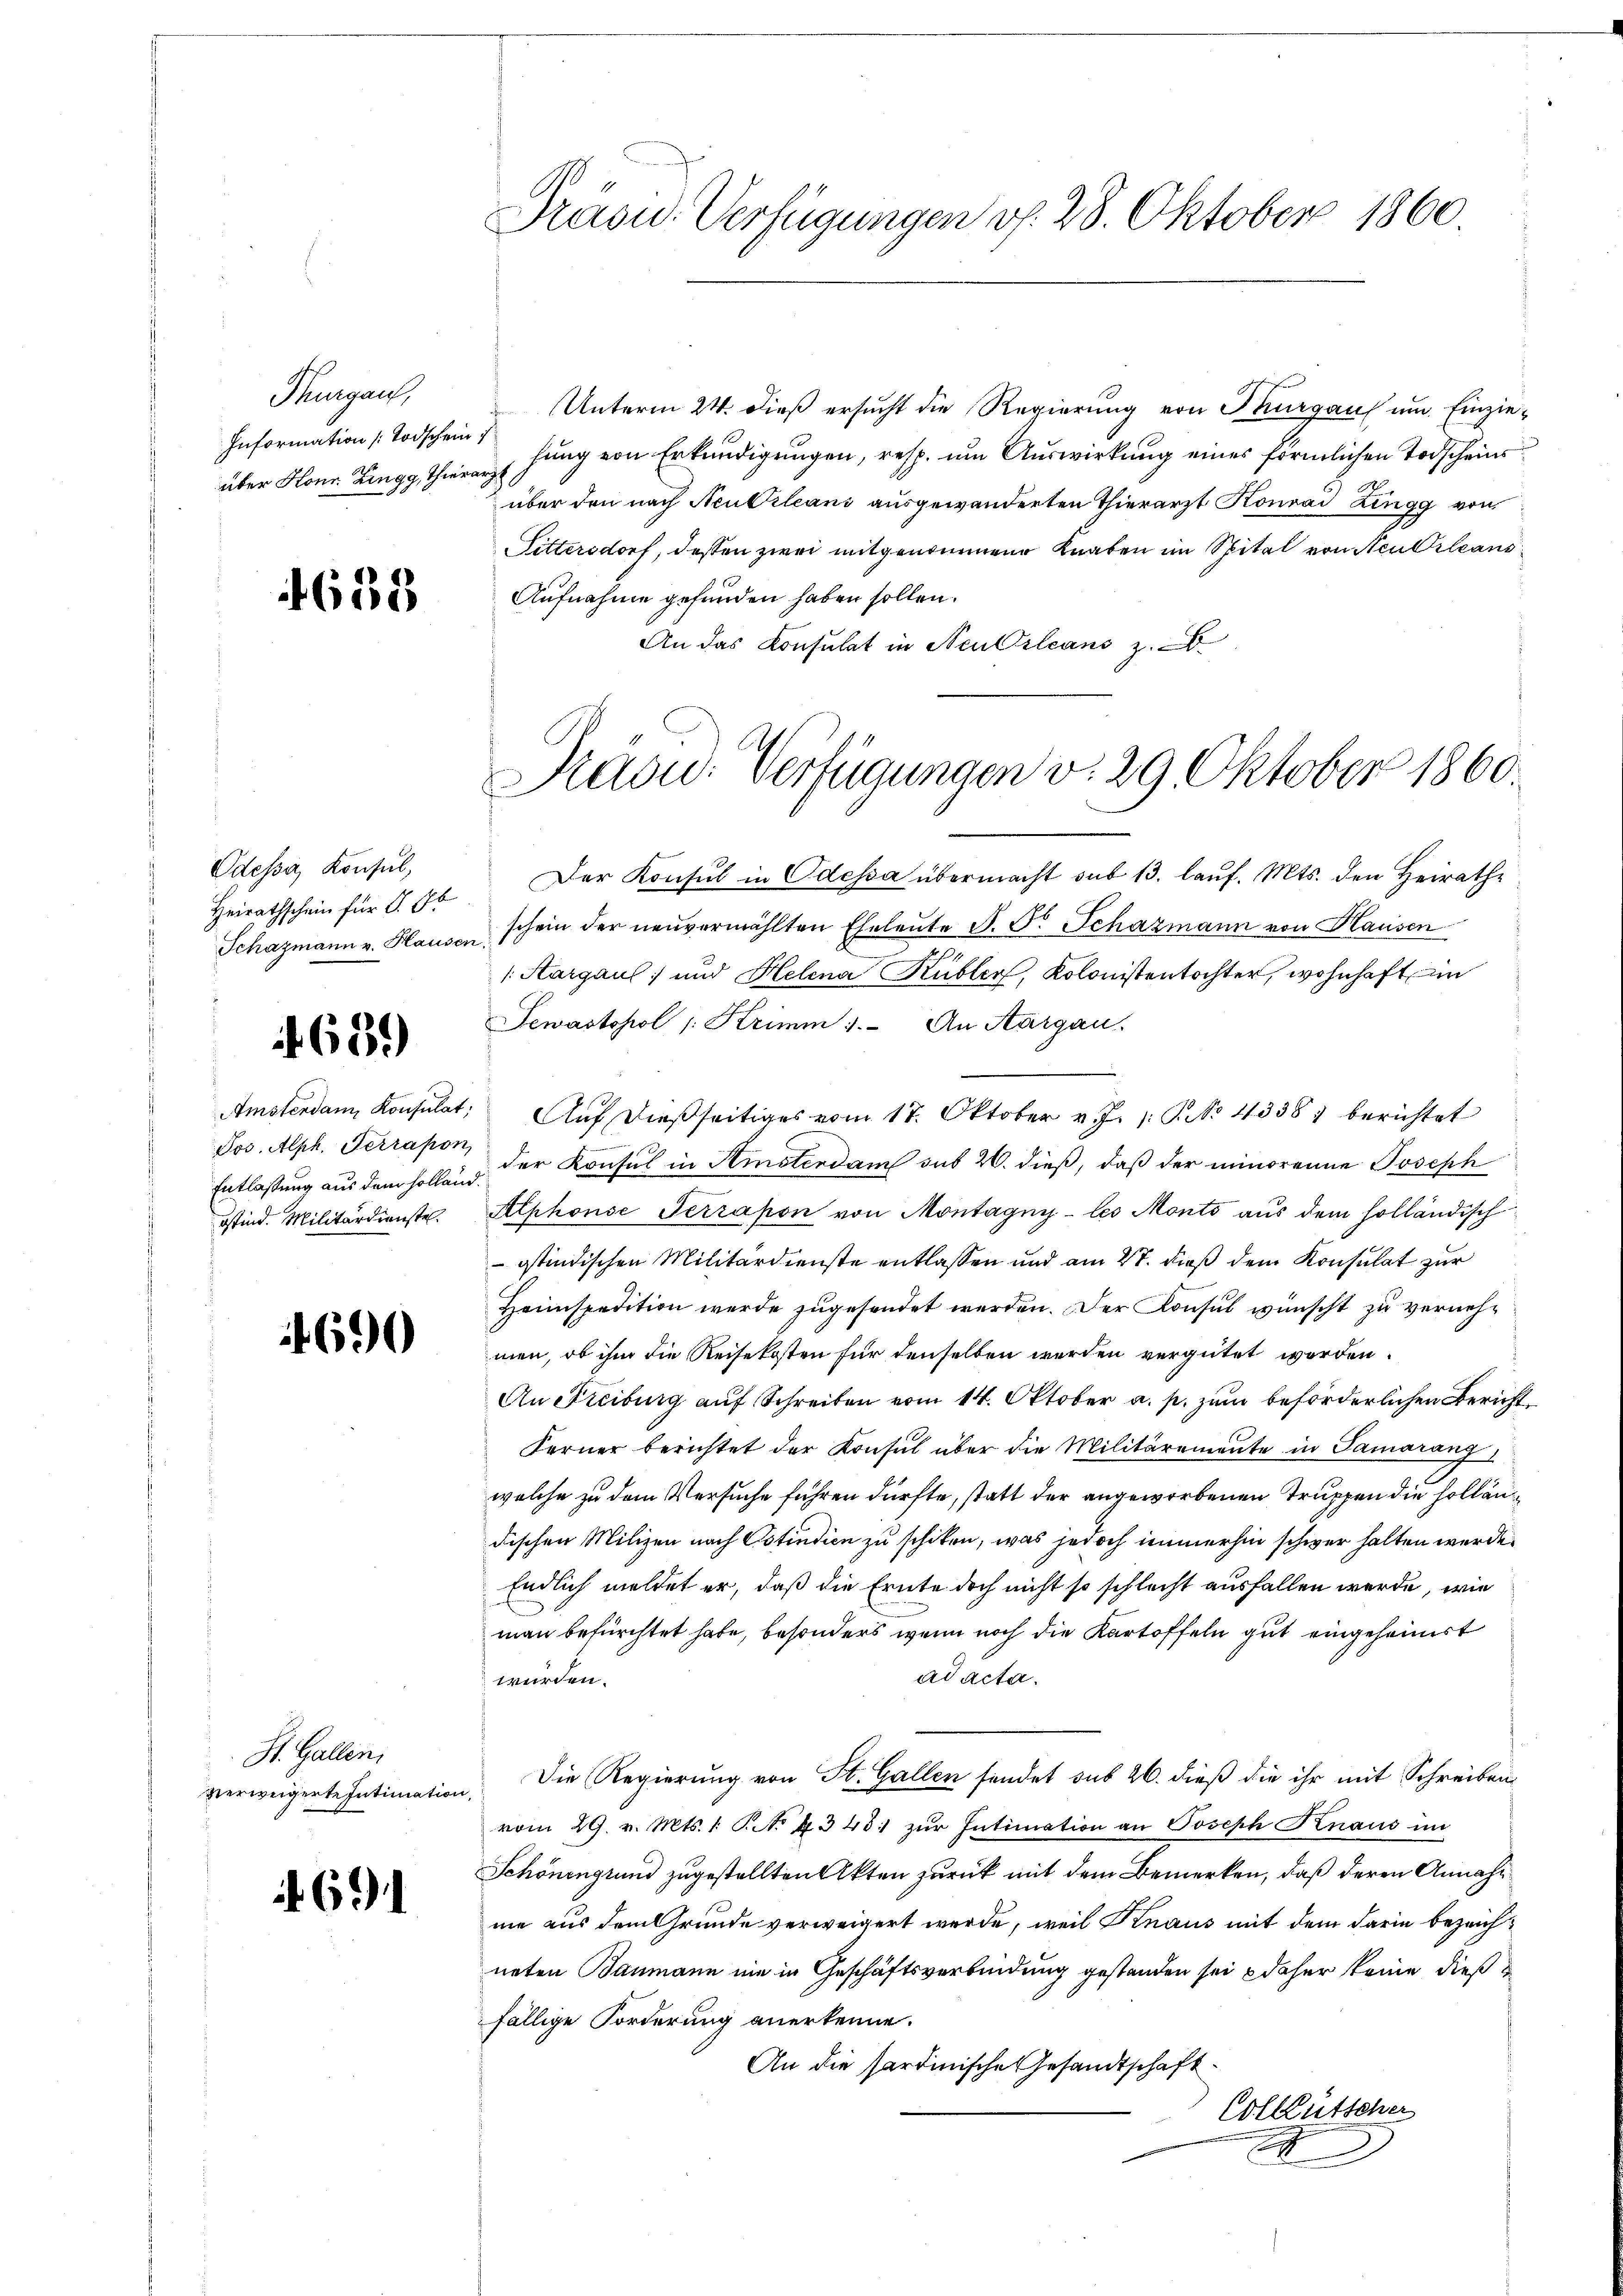
Thurgau,
Information (Todschein
über Honn Zingg, Thierarzt

638

Odessa Konsul,
Heirathschein für d. Eb
Schazmann v. Hausen.

639)

Jos. Alph. Terrapon
rstind. Militärdienste.

690

St. Gallen,
verweigerte Intimation

. 691

Präsid. Verfügungen v. 28. Oktober 1860.

r
d
Aufnahme gefunden haben sollen.
An das Konsulat in Neu Orleans z.

Unterm 24. dieß ersucht die Regierung von Thurgaus um Einziehung von Erkundigungen, resp. um Auswirkung eines förmlichen Todscheins
über den nach Neu Orleans ausgewanderten Thierarzt Konrad Zingg von
Sittersdorf, dessen zwei mitgenommene Knaben im Spital von Neu Orleans

Präsid. Verfügungen v. 29. Oktober 1860.

Der Konsul in Odessa übermacht sub 13. laŭf. Mts. den Heirathe
schein der neuvermählten Eheleute P. F. Schazmann von Hausen
/ Sargaus; und Helena Kübler, Kolonistentochter, wohnhaft im
Sewastohol /: Krimm 1. An Aargau.
Amstendann Konsulat Aŭf dießseitiges vom 17. Oktober v. J. /: No 4338) berichtet
Entlassung aus dem sollend der Konsul in Amsterdam sub 20. dieß, daß der minorenne Joseph
Alphonse Terrapon von Montagny- les Monts aus dem holländisch
ostindischen Militärdienste entlassen und am 27. dieß dem Konsulat zur
Heimspedition werde zugesendet werden. Der Konsul wünscht zu vernehmen, ob ihm die Reisekosten für denselben werden vergütet worden.
An Freiburg auf Schreiben vom 14. Oktober a. p. zum beförderlichen Bericht
Ferner berichtet der Konsul über die Militäremente in Samarang,
welche zu dem Versuche führen dürfte, statt der angeworbenen Truppen die Holländischen Milizei nach Cotindien zu schiken, was jedoch immerhin schwer halten werde.
Endlich meldet er, daß die Ernte doch nicht so schlecht ausfallen werde, wie
man befürchtet habe, besonders wenn noch die Kartoffeln gut eingeheimist
ad acta.
würden.
Die Regierung von St. Gallen sendet sub 26. dieß die ihr mit Schreiben
e
vom 29. v. Mts. 1. P. No 345: zŭr Intimation an Joseph Knaus im
Schönengrund zugestellten Akten zurück mit dem Bemerken, daß deren Annahne aus dem Grunde verweigert werde, weil Knaus mit dem darin bezeichneten Baumann nie in Geschäftsverbindung gestanden sei & daher keine dießfällige Forderung anerkenne.
An die Sardinische Gesandtschaft
Colleütscher
.